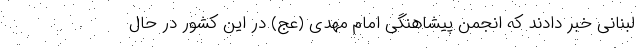
لبنانی خبر دادند که انجمن پیشاهنگی امام مهدی (عج) در این کشور در حال